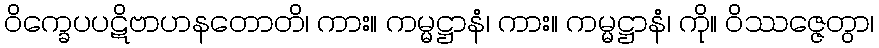
ဝိက္ခေပပဋိဗာဟနတောတိ၊ ကား။ ကမ္မဋ္ဌာနံ၊ ကား။ ကမ္မဋ္ဌာနံ၊ ကို။ ဝိဿဇ္ဇေတွာ၊